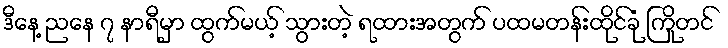
ဒီနေ့ ညနေ ၇ နာရီမှာ ထွက်မယ့် သွားတဲ့ ရထားအတွက် ပထမတန်းထိုင်ခုံ ကြိုတင်